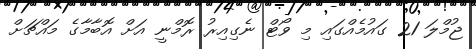
ޖުމްލަ 21 ގައުމެއްގައި މި ވޯޓް ނެގިއިރު ރޮމްނީ އަށް އޮބާމާގެ މައްޗަށް